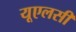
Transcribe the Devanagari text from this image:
यूएलसी